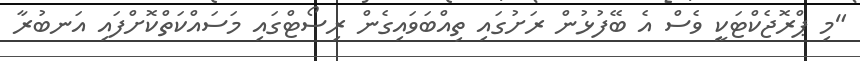
"މި ޕްރޮޖެކްޓަކީ ވެސް އެ ބޭފުޅުން ރަށުގައި ތިއްބަވައިގެން ރިސޯޓްގައި މަަސައްކަތްކޮށްފައި އަނބުރާ